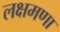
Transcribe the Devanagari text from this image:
लक्षमणा